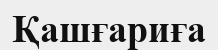
Қашғариға